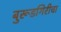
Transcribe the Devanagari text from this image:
बुरूडगिरीचा